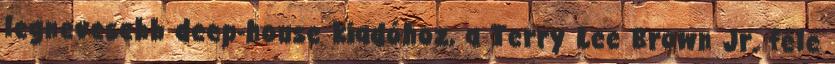
legnevesebb deep-house kiadóhoz, a Terry Lee Brown Jr. féle